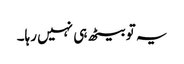
یہ تو بیٹھ ہی نہیں رہا۔